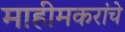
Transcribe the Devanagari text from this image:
माहीमकरांचे